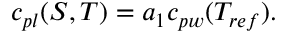
\begin{array} { r } { c _ { p l } ( S , T ) = a _ { 1 } c _ { p w } ( T _ { r e f } ) . } \end{array}